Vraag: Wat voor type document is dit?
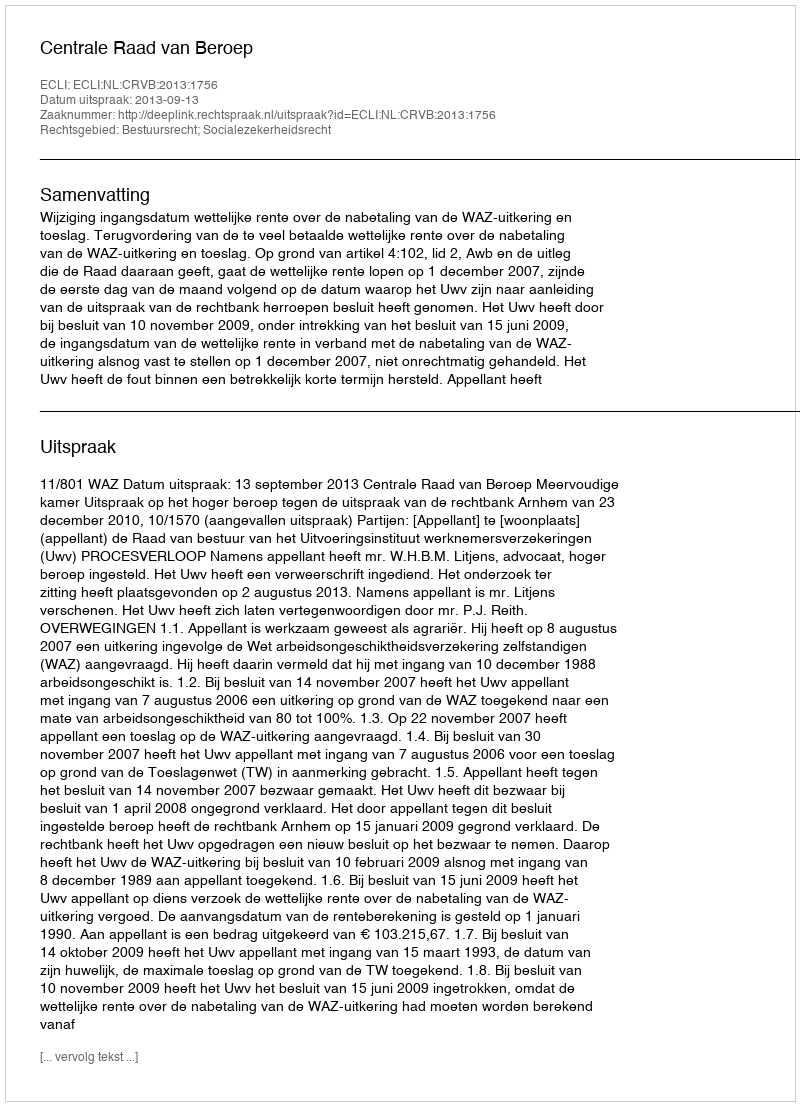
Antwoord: Uitspraak